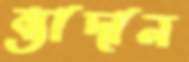
ব্যাদান